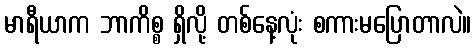
မာရီယာက ဘာကိစ္စ ရှိလို့ တစ်နေ့လုံး စကားမပြောတာလဲ။